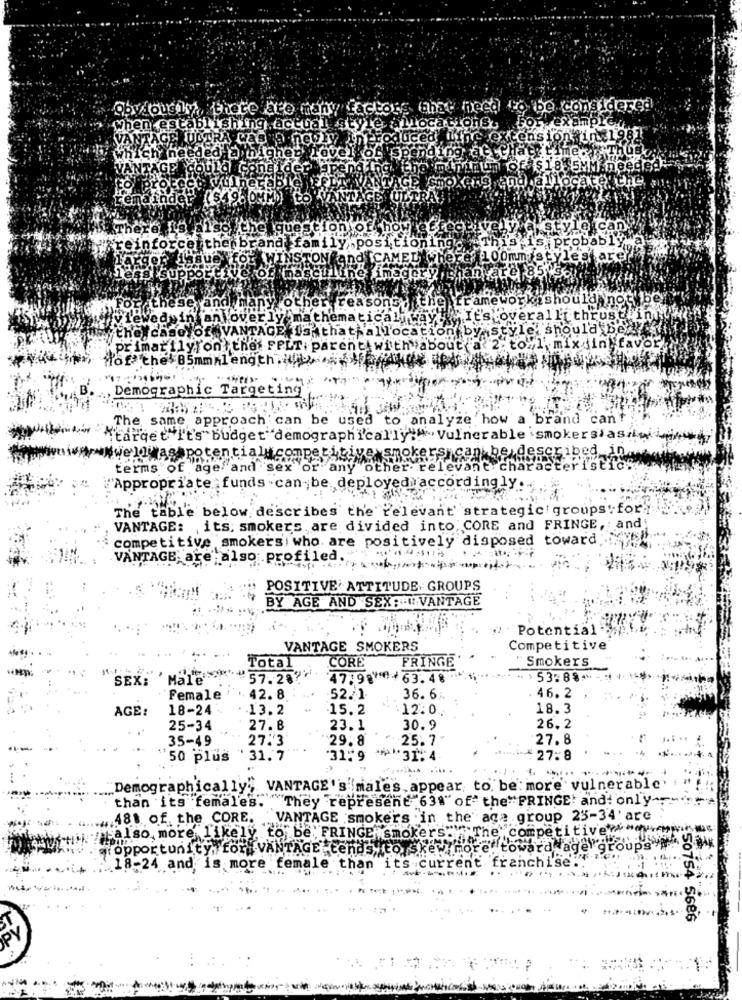
obvious ky, there are many factors that need to be considered
when establishing .actual style allocations.
amp
ANTAGE ULTRA CAS TO neDIy.
roducedi.
ens
chineeded a highen
VANTAGE could consider
8. 5MM neede:
allocate the.
nainder ($49: 0MM ) LO VANTAG
Le questioniof
Pican,
probably
;reinforce thenbrand family .positioni
saue"
STON and CAMED where 100mm stylestare
9 Support
erof masculine inogory chanvar e 85ys
ne wor
kiShould not be
For these and many other reasons . the
Lewadyin an overly
a thematicali ways
"It's overallt thrust init
the case of VANTAGE To thathallocation by style, should bey.
primarily on the: FPLT parent with about a 2. to"l', mix in favor
"of the' 85mm length .... ..
Demographic Targeting
The same approach can be used to analyze how a brand cant
"target"it's" budget demographically":"" Vulnerable .smokersiasiwi
bed.
nok
sicank be desc
terms of age and sex
any oth
Levant charact
"Appropriate funds - can be deployed according ]
The table below describes the relevant strategic groups for
VANTAGE: its. smokers are divided into CORE and FRINGE, and
competitive smokersi who are positively disposed toward
VANTAGE are also profiled.
POSITIVE ATTITUDE GROUPS
BY AGE AND SEX: 1 VANTAGE
Potential
VANTAGE SMOKERS
Competitive
CORE
Smokers
Total
FRINGE
SEX: ' Male
57.287
47,98 *** 63.48
>53:88"
Female
42.8.
52.1
36. 6%.
46.2
AGE:
18-24
13.2
15.2
12:0
18.3
25-34
27.8
23.1
30.9
26.2
.35-49
27.3
29.8
25.7
27.8
50 plus
31.7
'31-9
31. 4
:27.8
"Demographically, VANTAGE's males, appear to be more vulnerable'
than its females. They represent"638" of" the"FRINGE! and: only-
481 of, the CORE.
VANTAGE smokers in the aga group 23-34' are
mpetitive ?-
also, more likely to be: FRINGE smoke
Topportunity, for VANTAGE -tends,
ranch
18-24 and is more female than
"it's
50754 5686
PY